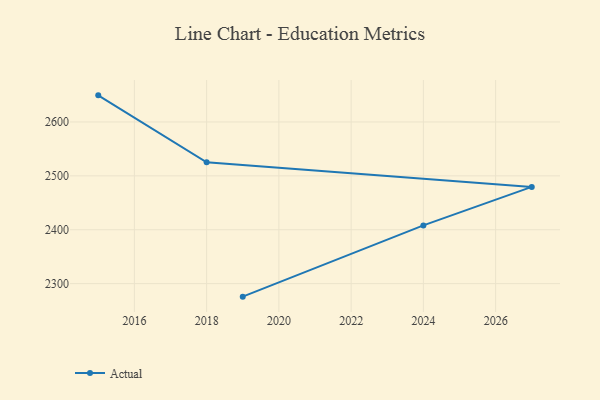
{"axis": {"x": "Year", "y": "Latency (ms)"}, "legend": ["Actual"], "data": [{"x": "2019", "y": 2275.8, "type": "Actual"}, {"x": "2024", "y": 2408.0, "type": "Actual"}, {"x": "2027", "y": 2479.5, "type": "Actual"}, {"x": "2018", "y": 2525.1, "type": "Actual"}, {"x": "2015", "y": 2649.4, "type": "Actual"}]}